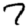
Digit: 7